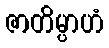
ဇာတိမ္ပာဟံ